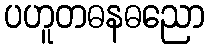
ပဟူတဓနဓညော